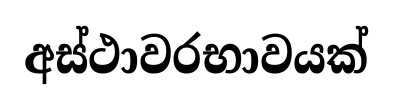
අස්ථාවරභාවයක්